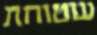
שטוחת